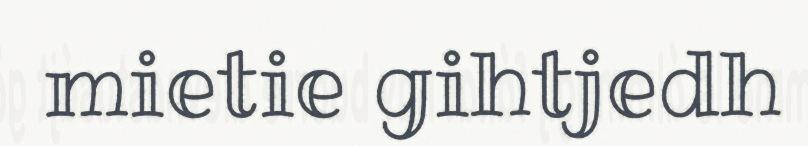
mietie gihtjedh